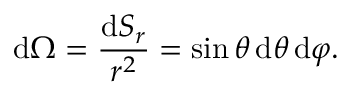
\mathrm { d } \Omega = { \frac { \mathrm { d } S _ { r } } { r ^ { 2 } } } = \sin \theta \, \mathrm { d } \theta \, \mathrm { d } \varphi .